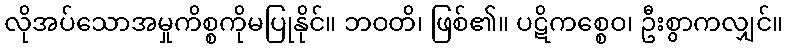
လိုအပ်သောအမှုကိစ္စကိုမပြုနိုင်။ ဘဝတိ၊ ဖြစ်၏။ ပဋိကစ္စေဝ၊ ဦးစွာကလျှင်။